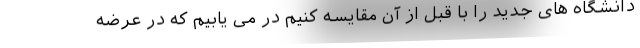
دانشگاه های جدید را با قبل از آن مقایسه کنیم در می یابیم که در عرضه